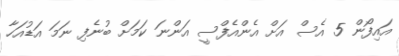
އައިފޯން 5 އެސް އަށް އެންއެފްސީ އަންނަ ކަމަށް ބުނެފި ނަމަ އަޑުއަހާ